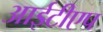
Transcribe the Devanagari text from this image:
आईटीएप